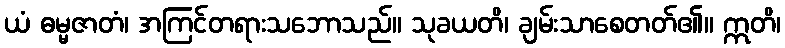
ယံ ဓမ္မဇာတံ၊ အကြင်တရားသဘောသည်။ သုခယတိ၊ ချမ်းသာစေတတ်၏။ ဣတိ၊